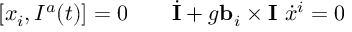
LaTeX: [ x _ { i } , I ^ { a } ( t ) ] = 0 \qquad \dot { \bf I } + g { \bf b } _ { i } \times { \bf I } \ \dot { x } ^ { i } = 0